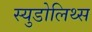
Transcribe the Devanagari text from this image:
स्युडोलिथ्स